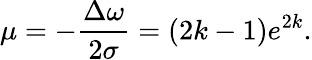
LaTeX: \mu=-\frac{\Delta\omega}{2\sigma}=(2k-1)e^{2k}.